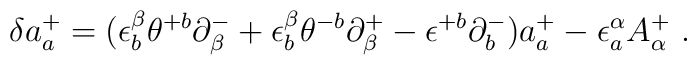
\delta a^+_a = (\epsilon^\beta_b\theta^{+b} \partial^-_\beta+\epsilon^\beta_b\theta^{-b} \partial^+_\beta- \epsilon^{+b}\partial^-_b)a^+_a   -\epsilon^\alpha_a A^+_\alpha \ .